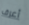
أعرف